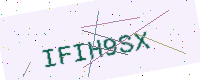
Text: IFIH9SX